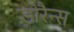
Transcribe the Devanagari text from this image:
डोरैन्स